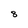
Character: 8